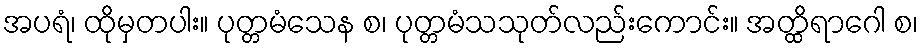
အပရံ၊ ထိုမှတပါး။ ပုတ္တမံသေန စ၊ ပုတ္တမံသသုတ်လည်းကောင်း။ အတ္ထိရာဂေါ စ၊